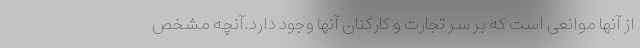
از آنها موانعی است که بر سر تجارت و کارکنان آنها وجود دارد.آنچه مشخص